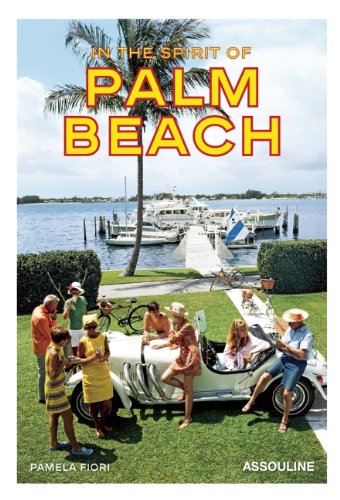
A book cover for In The Spirit of Palm Beach; Pamela Fiori; Arts & Photography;